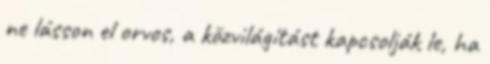
ne lásson el orvos, a közvilágítást kapcsolják le, ha